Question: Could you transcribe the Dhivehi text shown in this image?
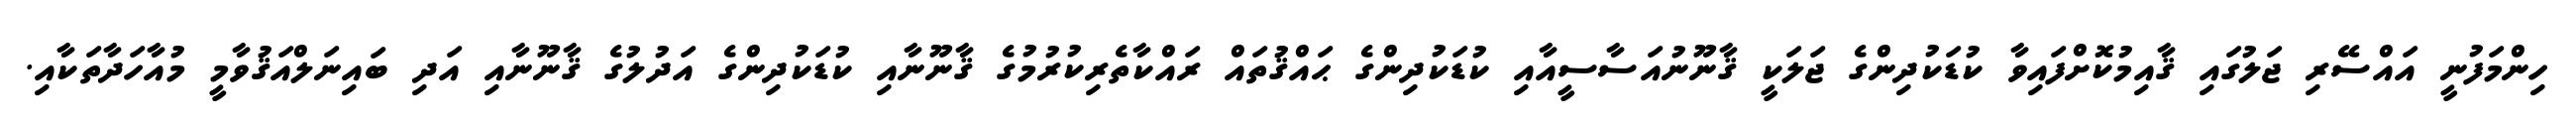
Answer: ހިންމަފުނީ އައްސޭރި ޖަލުގައި ޤާއިމުކޮށްފައިވާ ކުޑަކުދިންގެ ޖަލަކީ ޤާނޫނުއަސާސީއާއި ކުޑަކުދިންގެ ޙައްޤުތައް ރައްކާތެރިކުރުމުގެ ޤާނޫނާއި ކުޑަކުދިންގެ އަދުލުގެ ޤާނޫނާއި އަދި ބައިނަލްއަޤުވާމީ މުއާހަދާތަކާއި.